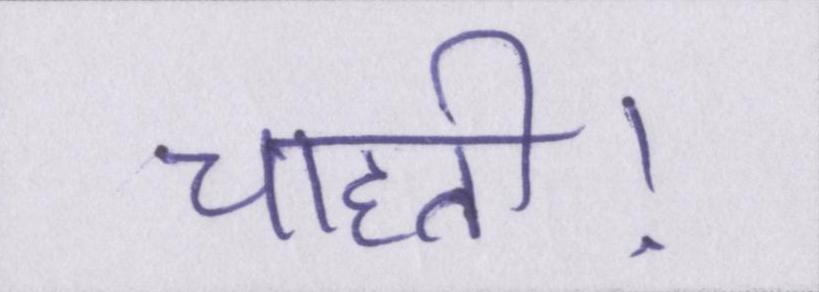
चाहती।